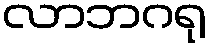
လာဘဂရု